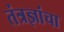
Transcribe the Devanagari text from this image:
तंत्रज्ञांचा